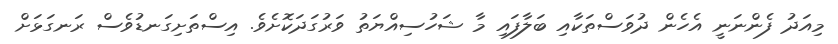
މިއަދު ފެންނަނީ އެހެން ދުވަސްތަކާއި ބަލާފައި މާ ޝަހުސިއްޔަތު ވަރުގަދަކޮށެވެ. އިސްތަށިގަނޑުވެސް ރަނގަޅަށް